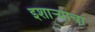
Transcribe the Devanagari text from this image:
इशाऱ्याचा